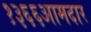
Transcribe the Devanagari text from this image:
१३६६आमदार